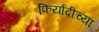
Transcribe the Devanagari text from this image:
फिर्यादीच्या